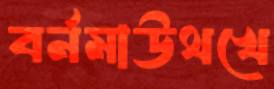
বর্নমাউথখে